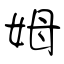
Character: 姆